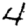
Digit: 4